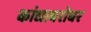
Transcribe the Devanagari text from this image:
कांद्याबरोबर